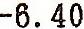
-6.40